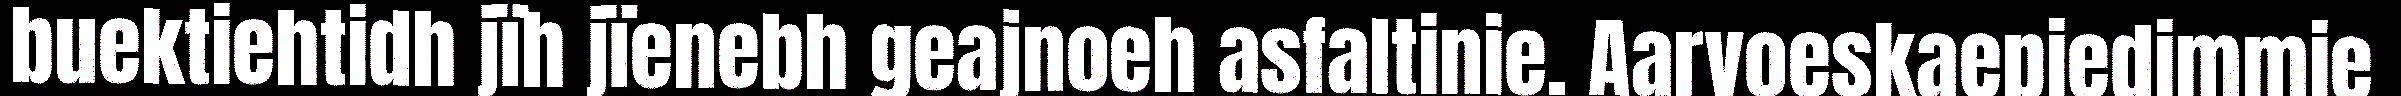
buektiehtidh jïh jïenebh geajnoeh asfaltinie. Aarvoeskaepiedimmie